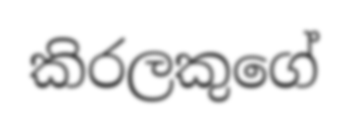
කිරලකුගේ